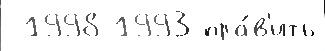
 1998 1993 пра́в'ить